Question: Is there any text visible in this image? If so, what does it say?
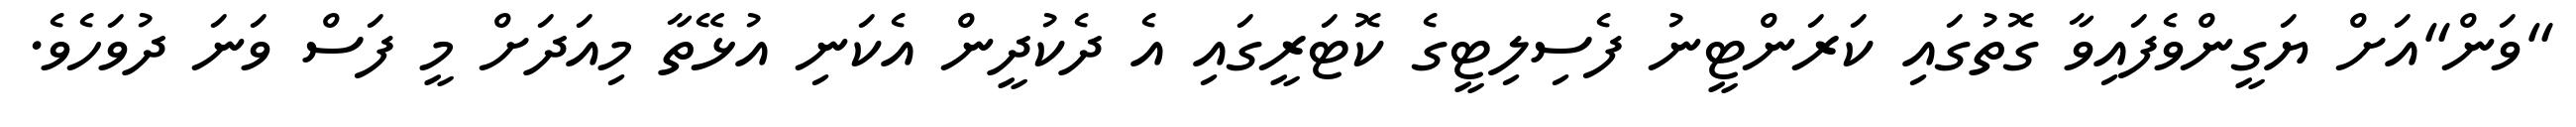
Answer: "ވަން"އަށް ޔަގީންވެފައިވާ ގޮތުގައި ކަރަންޓީނު ފެސިލިޓީގެ ކޮޓަރީގައި އެ ދެކުދީން އެކަނި އުޅޭތާ މިއަދަށް މީ ފަސް ވަނަ ދުވަހެވެ.